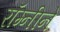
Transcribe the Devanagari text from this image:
रॉम्नीने